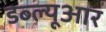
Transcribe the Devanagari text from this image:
डब्‍ल्‍यूआर